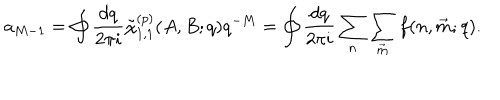
a _ { M - 1 } = \oint \frac { d q } { 2 \pi { i } } { \tilde { \chi } } _ { 1 , 1 } ^ { ( p ) } ( A , B ; q ) q ^ { - M } = \oint \frac { d q } { 2 \pi { i } } \sum _ { n } \sum _ { \vec { m } } f ( n , \vec { m } ; q ) .